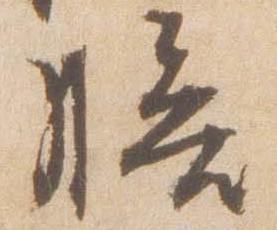
膳